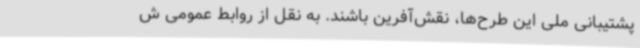
پشتیبانی ملی این طرح‌ها، نقش‌آفرین باشند. به نقل از روابط عمومی ش